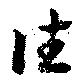
往